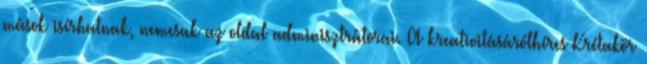
mások isírhatnak, nemcsak az oldal adminisztrátorai. A kreativitásárólhíres Krétakör